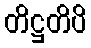
တိဋ္ဌတိပိ